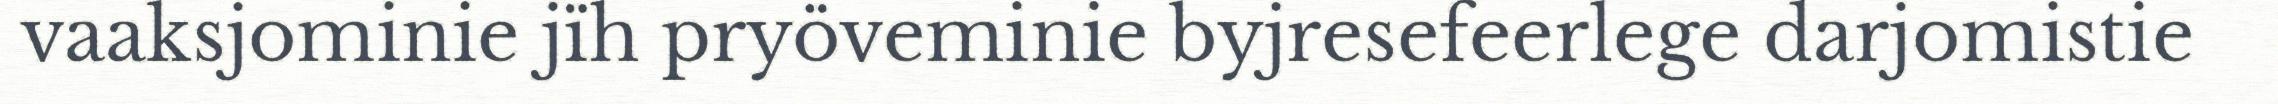
vaaksjominie jïh pryöveminie byjresefeerlege darjomistie